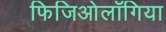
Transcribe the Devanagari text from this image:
फिजिओलॉगिया